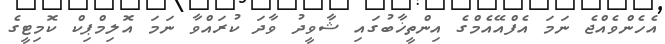
އެހެންވެއްޖެ ނަމަ އެފްއޭއެމްގެ އިންތީޚާބުގައި ޝާވީދު ވާދަ ކުރައްވާ ނަމަ އޮލިމްޕިކް ކޮމިޓީގެ